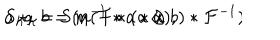
a \star _ { h } b = m ( { \cal F } * ( a \otimes b ) * { \cal F } ^ { - 1 } ) \hspace { 1 c m } S _ { h } a = S ( u ^ { - 1 } * a * u ) ,